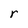
Character: r